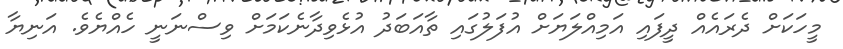
މީހަކަށް ދެރައެއް ދީފައި އަމިއްލަޔަށް އުފަލުގައި ތާއަބަދު އުޅެވިދާނެކަމަށް ވިސްނަނީ ހެއްޔެވެ. އަނިޔާ